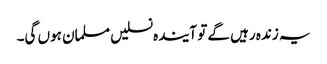
یہ زندہ رہیں گے تو آیندہ نسلیں مسلمان ہوں گی۔